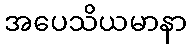
အပေသိယမာနာ